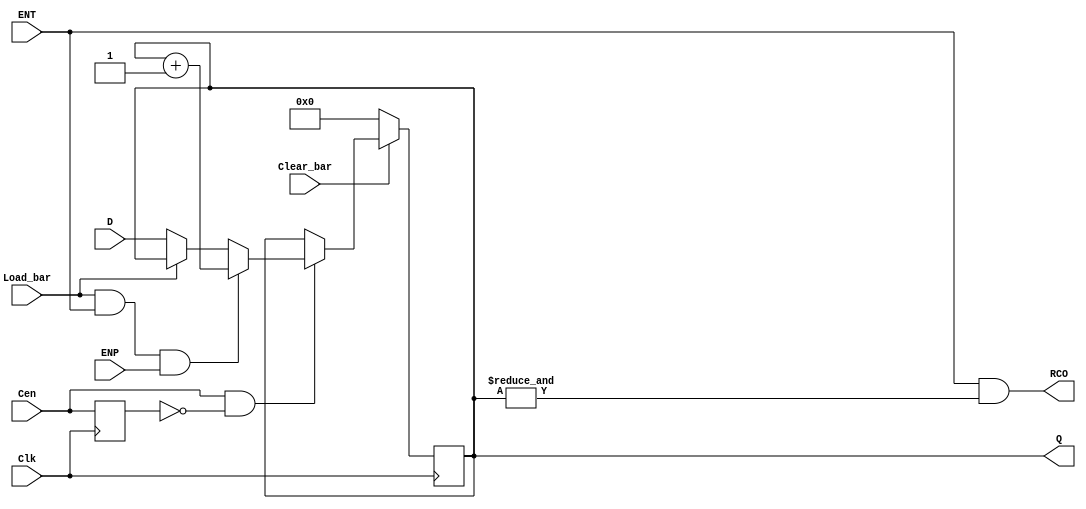
//ttl_74161a_sync.v
//@RndMnkIII. 14/10/2022
// 4-bit modulo 16 binary counter with parallel load, 
//Asynchronous Master Reset (MRn) ->161A
//<START_TEMPLATE>
//ttl_74161a #(.DELAY_RISE(20), .DELAY_FALL(25)) <NAME> (.Clear_bar(), .Load_bar(), .ENT(), .ENP(), .D(), .Clk(), .RCO(), .Q());
//<END_TEMPLATE>
//
//tP_clk2tc = 19ns min, 25ns max
//tP_clk2q =  15ns min, 25ns max
//20,25
`default_nettype none
`timescale 1ns/1ns

module ttl_74161a_sync #(parameter WIDTH = 4)
(
  input wire Clk,
  input wire Cen,
  input wire Clear_bar, //1
  input wire Load_bar, //9
  input wire ENT, //7
  input wire ENP, //10
  input wire [WIDTH-1:0] D, //D 6, C 5, B 4, A 3
  output wire RCO, //15
  output wire [WIDTH-1:0] Q //QD 11, QC 12, QB 13, QA 14
);

//------------------------------------------------//
wire RCO_current;
reg [WIDTH-1:0] Q_current;
wire [WIDTH-1:0] Q_next;
reg last_cen;

initial last_cen = 1'b1;

initial Q_current = {WIDTH{1'b0}};

assign Q_next = Q_current + {{(WIDTH-1){1'b0}},1'b1};

always @(posedge Clk) begin
	last_cen <= Cen;

	if (!Clear_bar)
	begin
		Q_current <= {WIDTH{1'b0}};
	end
	else if (Cen && !last_cen) //detect rising edge of Cen
	begin
		if (!Load_bar)
		begin
		Q_current <= D;
		end

		if (Load_bar && ENT && ENP)
		begin
		Q_current <= Q_next;
		end
	end
end

assign RCO_current = ENT && (&Q_current);

// output
assign RCO = RCO_current;
assign Q = Q_current;

endmodule